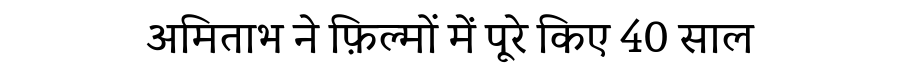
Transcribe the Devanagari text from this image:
अमिताभ ने फ़िल्मों में पूरे किए 40 साल